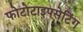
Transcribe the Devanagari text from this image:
फोटोटाइपसेटिंग